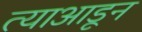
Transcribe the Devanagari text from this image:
त्याआडून